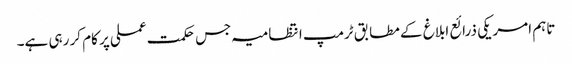
تاہم امریکی ذرائع ابلاغ کے مطابق ٹرمپ انتظامیہ جس حکمت عملی پر کام کر رہی ہے۔